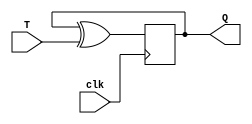
module T_ff_altera( T, clk, Q );

  input wire	clk;
  input wire	T;
  output reg	Q;

  always@(posedge clk)
  begin
  	Q <= Q ^ T;
  end

endmodule